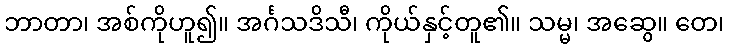
ဘာတာ၊ အစ်ကိုဟူ၍။ အင်္ဂသဒိသီ၊ ကိုယ်နှင့်တူ၏။ သမ္မ၊ အဆွေ။ တေ၊